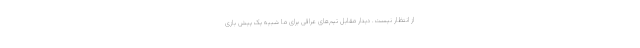
از انتظار نیست. دیدار مقابل تیم‌های عراقی برای ما شبیه یک پیش بازی